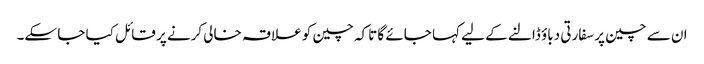
ان سے چین پر سفارتی دباؤ ڈالنے کے لیے کہا جائے گا تاکہ چین کو علاقہ خالی کرنے پر قائل کیا جا سکے۔